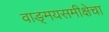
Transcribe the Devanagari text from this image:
वाङ्‌मयसमीक्षेचा